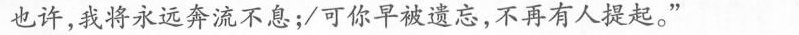
也许，我将永远奔流不息；/可你早被遗忘，不再有人提起。